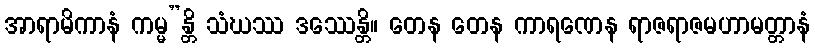
အာရာမိကာနံ ကမ္မ”န္တိ သံဃဿ ဒဿေန္တိ။ တေန တေန ကာရဏေန ရာဇရာဇမဟာမတ္တာနံ